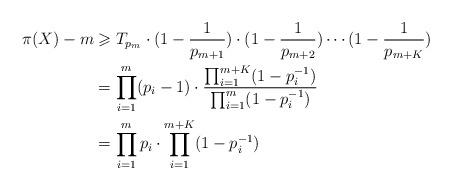
LaTeX: \begin{align*}\pi(X)-m&\geqslant T_{p_m}\cdot(1-\frac{1}{p_{m+1}})\cdot(1-\frac{1}{p_{m+2}})\cdots(1-\frac{1}{p_{m+K}})\\&=\prod_{i=1}^{m}(p_i-1)\cdot\frac{\prod_{i=1}^{m+K}(1-p_{i}^{-1})}{\prod_{i=1}^{m}(1-p_{i}^{-1})}\\&=\prod_{i=1}^{m}p_i\cdot\prod_{i=1}^{m+K}(1-p_{i}^{-1})\end{align*}